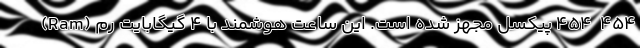
۴۵۴  ۴۵۴ پیکسل مجهز شده است. این ساعت هوشمند با ۴ گیگابایت رم (Ram)